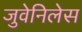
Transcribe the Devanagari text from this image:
जुवेनिलेस